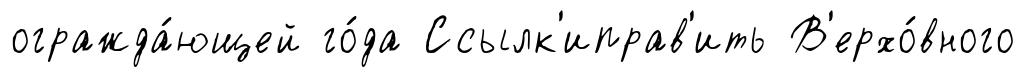
огражда́ющей го́да Ссылк'иправ'ить В'ерхо́вного